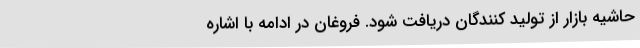
حاشیه بازار از تولید کنندگان دریافت شود. فروغان در ادامه با اشاره